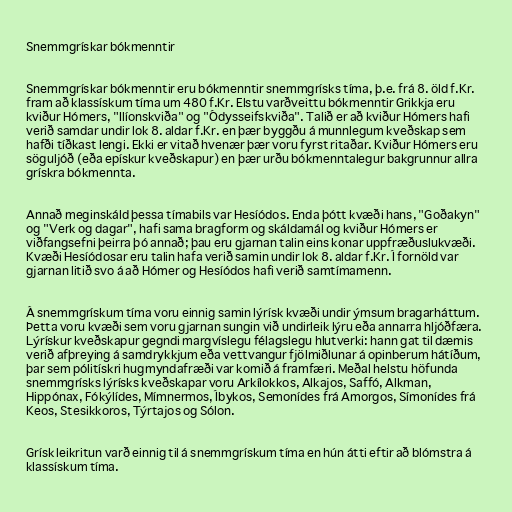
Snemmgrískar bókmenntir

Snemmgrískar bókmenntir eru bókmenntir snemmgrísks tíma, þ.e. frá 8. öld f.Kr.
fram að klassískum tíma um 480 f.Kr. Elstu varðveittu bókmenntir Grikkja eru
kviður Hómers, "Ilíonskviða" og "Ódysseifskviða". Talið er að kviður Hómers hafi
verið samdar undir lok 8. aldar f.Kr. en þær byggðu á munnlegum kveðskap sem
hafði tíðkast lengi. Ekki er vitað hvenær þær voru fyrst ritaðar. Kviður Hómers eru
söguljóð (eða epískur kveðskapur) en þær urðu bókmenntalegur bakgrunnur allra
grískra bókmennta.

Annað meginskáld þessa tímabils var Hesíódos. Enda þótt kvæði hans, "Goðakyn"
og "Verk og dagar", hafi sama bragform og skáldamál og kviður Hómers er
viðfangsefni þeirra þó annað; þau eru gjarnan talin eins konar uppfræðuslukvæði.
Kvæði Hesíódosar eru talin hafa verið samin undir lok 8. aldar f.Kr. Í fornöld var
gjarnan litið svo á að Hómer og Hesíódos hafi verið samtímamenn.

Á snemmgrískum tíma voru einnig samin lýrísk kvæði undir ýmsum bragarháttum.
Þetta voru kvæði sem voru gjarnan sungin við undirleik lýru eða annarra hljóðfæra.
Lýrískur kveðskapur gegndi margvíslegu félagslegu hlutverki: hann gat til dæmis
verið afþreying á samdrykkjum eða vettvangur fjölmiðlunar á opinberum hátíðum,
þar sem pólitískri hugmyndafræði var komið á framfæri. Meðal helstu höfunda
snemmgrísks lýrísks kveðskapar voru Arkílokkos, Alkajos, Saffó, Alkman,
Hippónax, Fókýlídes, Mímnermos, Íbykos, Semonídes frá Amorgos, Símonídes frá
Keos, Stesikkoros, Týrtajos og Sólon.

Grísk leikritun varð einnig til á snemmgrískum tíma en hún átti eftir að blómstra á
klassískum tíma.